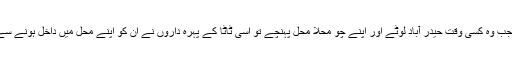
برسوں بعد جب وہ کسی وقت حیدر آباد لوٹے اور اپنے چو محلا محل پہنچے تو اسی ٹاٹا کے پہرہ داروں نے ان کو اپنے محل میں داخل ہونے سے روک دیا۔